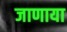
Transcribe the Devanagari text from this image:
जाणाया